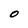
Character: O